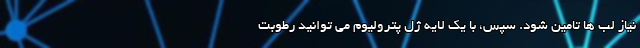
نیاز لب ها تامین شود. سپس، با یک لایه ژل پترولیوم می توانید رطوبت